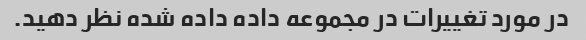
در مورد تغییرات در مجموعه داده داده شده نظر دهید.